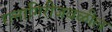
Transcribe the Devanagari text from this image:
रत्‍नागिरीजवळील